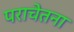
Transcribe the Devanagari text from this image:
पराचेतना